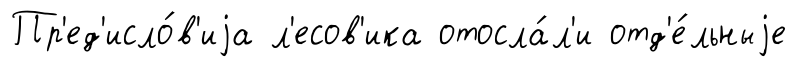
Пр'ед'исло́в'иjа л'есов'ика отосла́л'и отд'е́льныjе